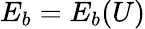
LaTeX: E_{b}=E_{b}(U)